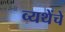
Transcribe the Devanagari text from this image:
व्यथेंचे